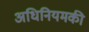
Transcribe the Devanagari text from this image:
अधिनियमकी